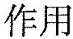
作用